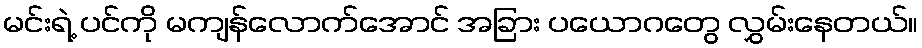
မင်းရဲ့ ပင်ကို မကျန်လောက်အောင် အခြား ပယောဂတွေ လွှမ်းနေတယ်။